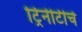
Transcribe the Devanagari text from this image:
ट्रिनीटीचे